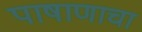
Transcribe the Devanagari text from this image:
पाषाणाचा